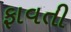
ફાવતી